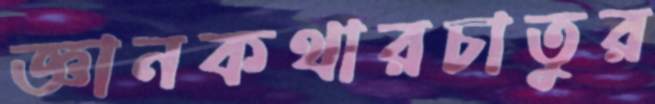
জ্ঞানকথারচাতুর